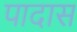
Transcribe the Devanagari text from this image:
पादास